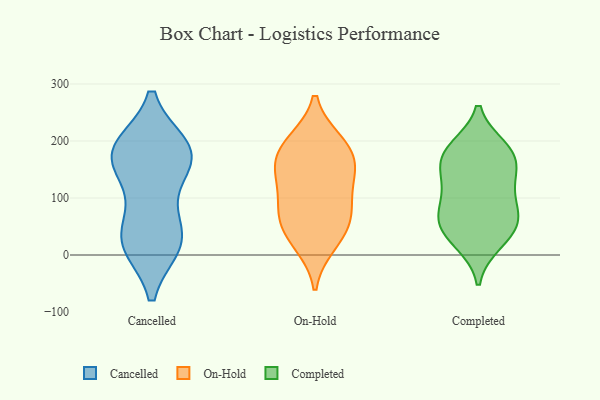
{"axis": {"x": "Conversion Rate (%)", "y": "Value"}, "legend": ["Cancelled", "Completed", "On-Hold"], "data": [{"x": "", "y": 19, "type": "Cancelled"}, {"x": "", "y": 183, "type": "Cancelled"}, {"x": "", "y": 184, "type": "Cancelled"}, {"x": "", "y": 20, "type": "Cancelled"}, {"x": "", "y": 163, "type": "Cancelled"}, {"x": "", "y": 29, "type": "Cancelled"}, {"x": "", "y": 175, "type": "Cancelled"}, {"x": "", "y": 60, "type": "Cancelled"}, {"x": "", "y": 189, "type": "Cancelled"}, {"x": "", "y": 181, "type": "Cancelled"}, {"x": "", "y": 18, "type": "Cancelled"}, {"x": "", "y": 124, "type": "Cancelled"}, {"x": "", "y": 196, "type": "On-Hold"}, {"x": "", "y": 199, "type": "On-Hold"}, {"x": "", "y": 28, "type": "On-Hold"}, {"x": "", "y": 92, "type": "On-Hold"}, {"x": "", "y": 19, "type": "On-Hold"}, {"x": "", "y": 149, "type": "On-Hold"}, {"x": "", "y": 128, "type": "On-Hold"}, {"x": "", "y": 189, "type": "On-Hold"}, {"x": "", "y": 158, "type": "On-Hold"}, {"x": "", "y": 59, "type": "On-Hold"}, {"x": "", "y": 147, "type": "On-Hold"}, {"x": "", "y": 67, "type": "On-Hold"}, {"x": "", "y": 76, "type": "On-Hold"}, {"x": "", "y": 22, "type": "Completed"}, {"x": "", "y": 61, "type": "Completed"}, {"x": "", "y": 187, "type": "Completed"}, {"x": "", "y": 76, "type": "Completed"}, {"x": "", "y": 54, "type": "Completed"}, {"x": "", "y": 183, "type": "Completed"}, {"x": "", "y": 93, "type": "Completed"}, {"x": "", "y": 125, "type": "Completed"}, {"x": "", "y": 29, "type": "Completed"}, {"x": "", "y": 150, "type": "Completed"}, {"x": "", "y": 173, "type": "Completed"}, {"x": "", "y": 177, "type": "Completed"}, {"x": "", "y": 58, "type": "Completed"}, {"x": "", "y": 128, "type": "Completed"}]}